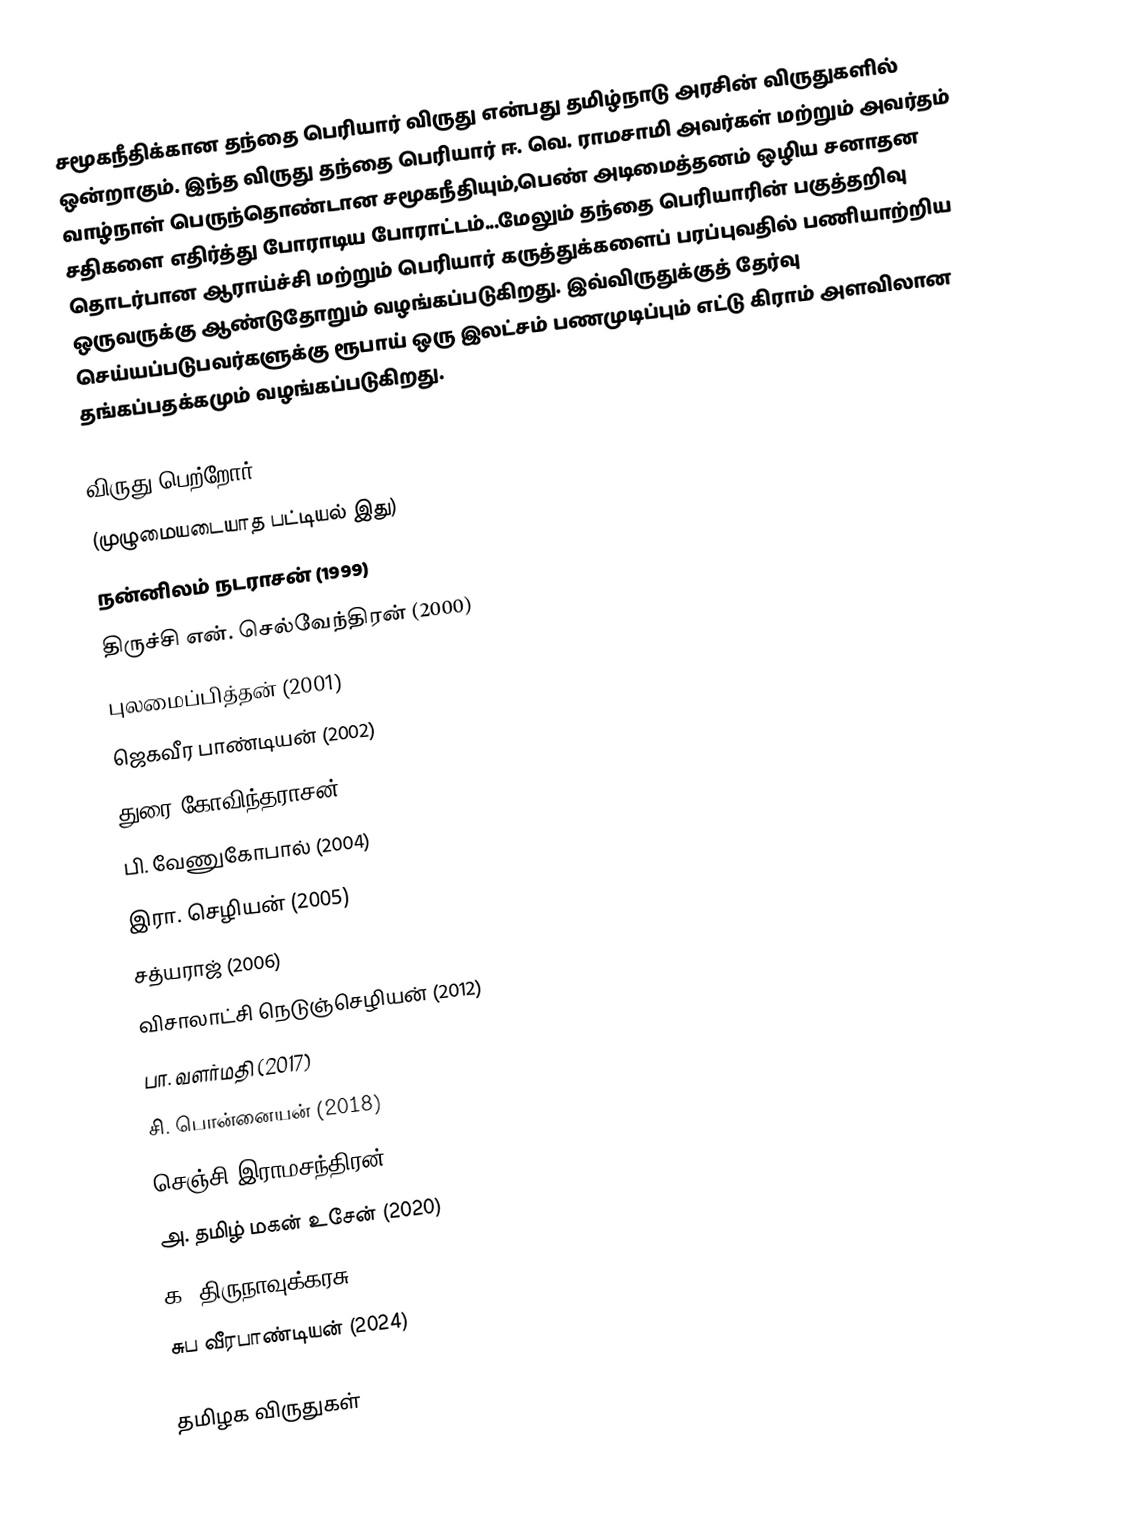
சமூகநீதிக்கான தந்தை பெரியார் விருது என்பது தமிழ்நாடு அரசின் விருதுகளில் ஒன்றாகும். இந்த விருது தந்தை பெரியார் ஈ. வெ. ராமசாமி அவர்கள் மற்றும் அவர்தம் வாழ்நாள் பெருந்தொண்டான சமூகநீதியும்,பெண் அடிமைத்தனம் ஒழிய சனாதன சதிகளை எதிர்த்து போராடிய போராட்டம்...மேலும் தந்தை பெரியாரின் பகுத்தறிவு தொடர்பான ஆராய்ச்சி மற்றும் பெரியார் கருத்துக்களைப் பரப்புவதில் பணியாற்றிய ஒருவருக்கு ஆண்டுதோறும் வழங்கப்படுகிறது. இவ்விருதுக்குத் தேர்வு செய்யப்படுபவர்களுக்கு ரூபாய் ஒரு இலட்சம் பணமுடிப்பும் எட்டு கிராம் அளவிலான தங்கப்பதக்கமும் வழங்கப்படுகிறது.

விருது பெற்றோர்
(முழுமையடையாத பட்டியல் இது)
 நன்னிலம் நடராசன் (1999)
 திருச்சி என். செல்வேந்திரன் (2000)
 புலமைப்பித்தன் (2001)
 ஜெகவீர பாண்டியன் (2002)
 துரை கோவிந்தராசன் (2003)
 பி. வேணுகோபால் (2004)
 இரா. செழியன் (2005)
 சத்யராஜ் (2006)
 விசாலாட்சி நெடுஞ்செழியன் (2012)
 பா. வளர்மதி (2017)
 சி. பொன்னையன் (2018)
 செஞ்சி இராமசந்திரன் (2019)
 அ. தமிழ் மகன் உசேன் (2020)
 க. திருநாவுக்கரசு (2021)
 சுப வீரபாண்டியன் (2024)

தமிழக விருதுகள்